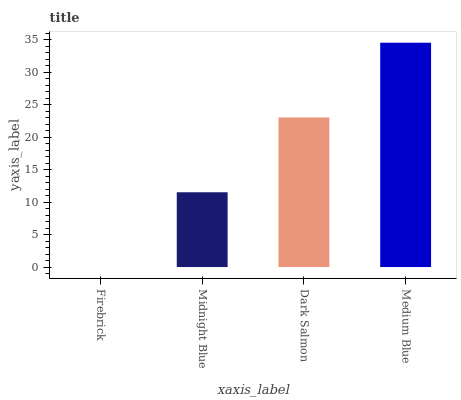
| xaxis_label | bars |
 | --- | --- |
 | Firebrick | 0 |
 | Midnight Blue | 11.5 |
 | Dark Salmon | 23 |
 | Medium Blue | 34.5 |